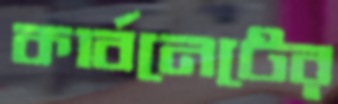
কার্বনেটের